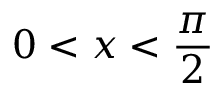
0 < x < { \frac { \pi } { 2 } }